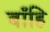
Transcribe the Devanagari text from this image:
बाँहि